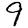
Digit: 9